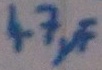
Text: 47µF